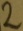
Text: 2